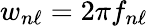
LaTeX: w_{n\ell}=2\pi f_{n\ell}